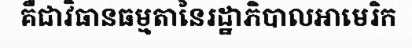
គឺជាវិធានធម្មតានៃរដ្ឋាភិបាលអាមេរិក